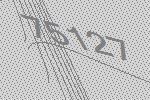
75127